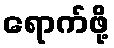
ရောက်ဖို့